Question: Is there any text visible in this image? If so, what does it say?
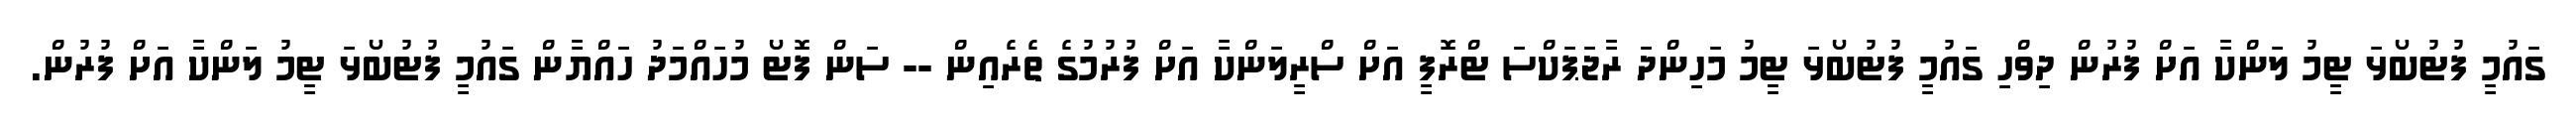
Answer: ގައުމީ ފުޓުބޯޅަ ޓީމު ލަންކާ އަށް ފުރުން ދިވްހި ގައުމީ ފުޓުބޯޅަ ޓީމު މަހިންދަ ރާޖަޕަކްސަ ޓްރޮފީ އަށް ސްރީލަންކާ އަށް ފުރުމުގެ ތެރެއިން -- ސަން ފޮޓޯ މުހައްމަދު ހައްޔާން ގައުމީ ފުޓުބޯޅަ ޓީމު ލަންކާ އަށް ފުރުން.